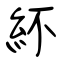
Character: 紑